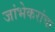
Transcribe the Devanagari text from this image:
जांभेकरांचा